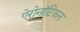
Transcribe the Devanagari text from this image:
ऐरोनॉटिकल